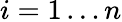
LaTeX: i=1\dots n